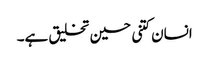
انسان کتنی حسین تخلیق ہے۔